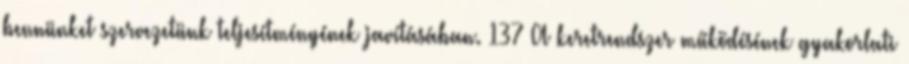
bennünket szervezetünk teljesítményének javításában. 137 A keretrendszer működésének gyakorlati